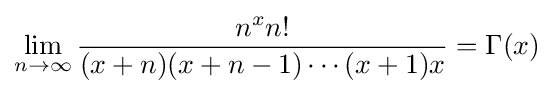
\lim _{n\to \infty }{\frac {n^{x}n!}{(x+n)(x+n-1)\cdots (x+1)x}}=\Gamma (x)